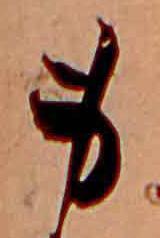
身